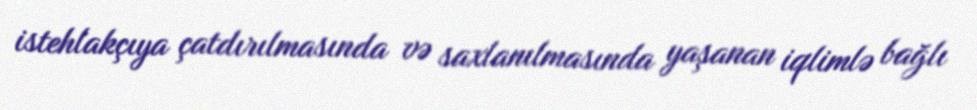
istehlakçıya çatdırılmasında və saxlanılmasında yaşanan iqlimlə bağlı